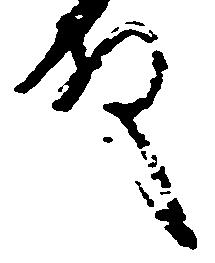
殿